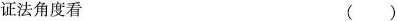
证法角度看 ()